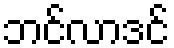
ဘင်လာဒင်